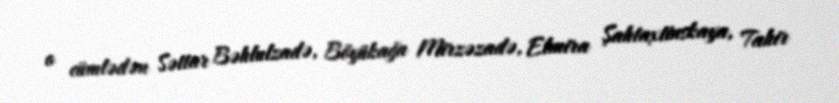
o cümlədən Səttar Bəhlulzadə, Böyükağa Mirzəzadə, Elmira Şahtaxtinskaya, Tahir